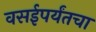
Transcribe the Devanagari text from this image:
वसईपर्यंतचा